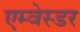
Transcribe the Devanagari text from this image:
एम्वेस्डर